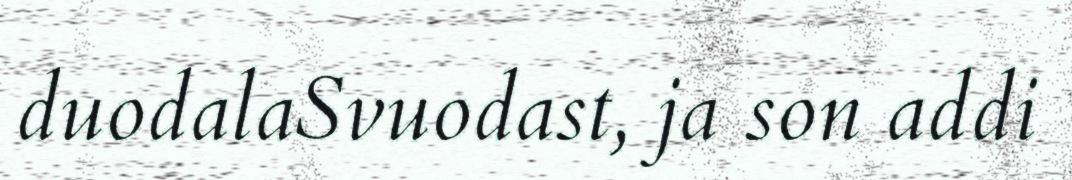
duodalaSvuodast, ja son addi